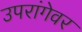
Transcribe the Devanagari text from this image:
उपरांगेवर